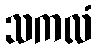
သကလံ